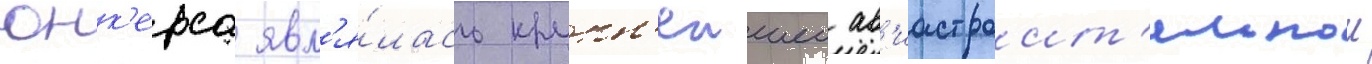
юнк'ерса явл'я́лась крупн'еишеи ав'иастроит'ельнои